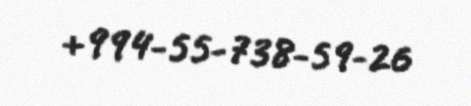
+994-55-738-59-26